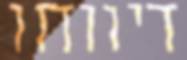
דיווחו